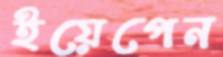
ইয়েপেন